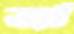
জা